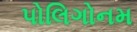
પોલિગોનમ